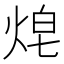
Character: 𱫋